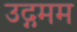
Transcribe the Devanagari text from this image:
उद्गमम